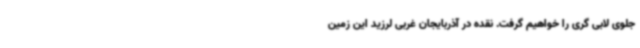
جلوی لابی گری را خواهیم گرفت. نقده در آذربایجان غربی لرزید این زمین